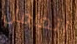
اتعامل